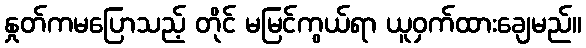
နှုတ်ကမပြောသည့် တိုင် မမြင်ကွယ်ရာ ယူဝှက်ထားချေမည်။